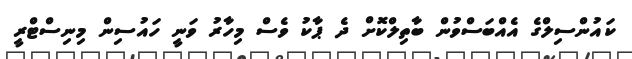
ކައުންސިލްގެ އެއްބަސްވުން ބާތިލްކޮށް ދެ ޕާކު ވެސް މިހާރު ވަނީ ހައުސިން މިނިސްޓްރީ